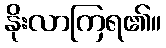
နိုးလာကြရ၏။